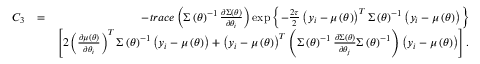
\begin{array} { r l r } { C _ { 3 } } & { = } & { - t r a c e \left( \boldsymbol { \Sigma } \left( \boldsymbol { \theta } \right) ^ { - 1 } \frac { \partial \boldsymbol { \Sigma } \left( \boldsymbol { \theta } \right) } { \partial \theta _ { i } } \right) \exp \left\{ - \frac { 2 \tau } { 2 } \left( \boldsymbol { y } _ { i } - \boldsymbol { \mu } \left( \boldsymbol { \theta } \right) \right) ^ { T } \boldsymbol { \Sigma } \left( \boldsymbol { \theta } \right) ^ { - 1 } \left( \boldsymbol { y } _ { i } - \boldsymbol { \mu } \left( \boldsymbol { \theta } \right) \right) \right\} } \\ & { } & { \left[ 2 \left( \frac { \partial \boldsymbol { \mu } \left( \boldsymbol { \theta } \right) } { \partial \theta _ { i } } \right) ^ { T } \boldsymbol { \Sigma } \left( \boldsymbol { \theta } \right) ^ { - 1 } \left( \boldsymbol { y } _ { i } - \boldsymbol { \mu } \left( \boldsymbol { \theta } \right) \right) + \left( \boldsymbol { y } _ { i } - \boldsymbol { \mu } \left( \boldsymbol { \theta } \right) \right) ^ { T } \left( \boldsymbol { \Sigma } \left( \boldsymbol { \theta } \right) ^ { - 1 } \frac { \partial \boldsymbol { \Sigma } \left( \boldsymbol { \theta } \right) } { \partial \theta _ { j } } \boldsymbol { \Sigma } \left( \boldsymbol { \theta } \right) ^ { - 1 } \right) \left( \boldsymbol { y } _ { i } - \boldsymbol { \mu } \left( \boldsymbol { \theta } \right) \right) \right] . } \end{array}